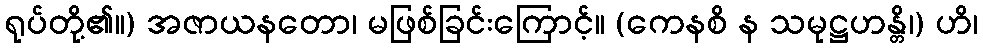
ရုပ်တို့၏။) အဇာယနတော၊ မဖြစ်ခြင်းကြောင့်။ (ကေနစိ န သမုဋ္ဌဟန္တိ၊) ဟိ၊